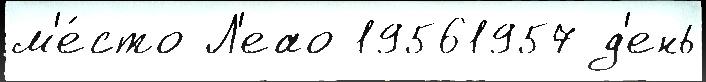
м'е́сто Л'еао 19561957 д'ень